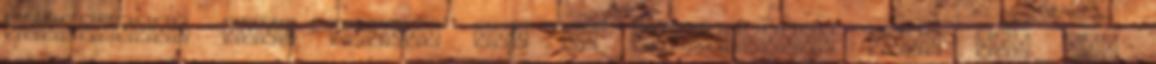
megelőzése Emri György azt is hozzátette, hogy egy kis